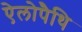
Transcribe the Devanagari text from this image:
ऐलोपैथि